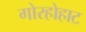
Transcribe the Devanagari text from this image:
गोरहोहाट